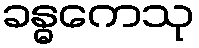
ခန္ဓကေသု